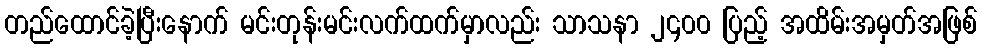
တည်ထောင်ခဲ့ပြီးနောက် မင်းတုန်းမင်းလက်ထက်မှာလည်း သာသနာ ၂၄၀၀ ပြည့် အထိမ်းအမှတ်အဖြစ်